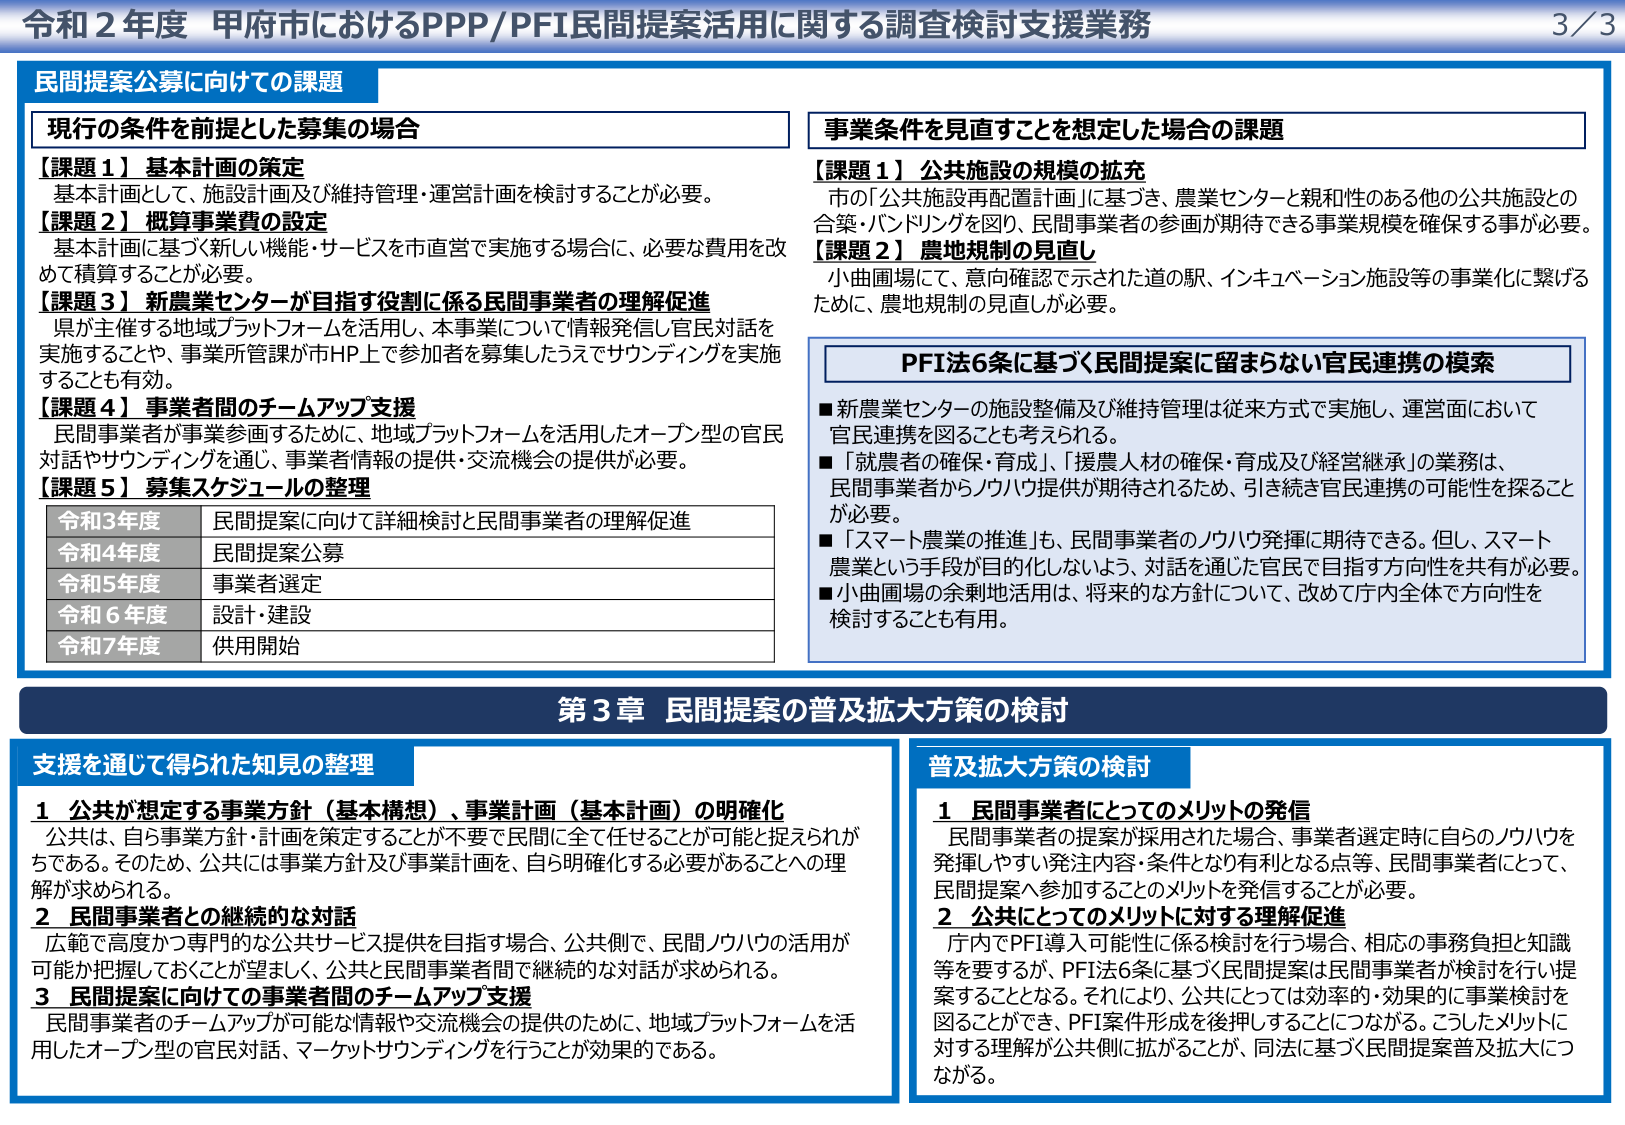
令和２年度 甲府市におけるPPP/PFI民間提案活用に関する調査検討支援業務 3/3

民間提案公募に向けての課題

【現行の条件を前提とした募集の場合】

【課題１】基本計画の策定
基本計画として、施設設計画及び維持管理・運営計画を検討することが必要。

【課題２】概算事業費の設定
基本計画に基づく新しい機能・サービスを市直営で実施する場合に、必要な費用を改めて積算することが必要。

【課題３】新農業センターが目指す役割に係る民間事業者の理解促進
県が主催する地域プラットフォームを活用し、本事業について情報発信し官民対話を実施することや、事業所管課が市HP上で参加者を募集したうえでサウンディングを実施することも有効。

【課題４】事業者間のチームアップ支援
民間事業者が事業参画するために、地域プラットフォームを活用したオープン型の官民対話やサウンディングを通じ、事業者情報の提供・交流機会の提供が必要。

【課題５】募集スケジュールの整理
令和3年度 民間提案に向けて詳細検討と民間事業者の理解促進
令和4年度 民間提案公募
令和5年度 事業者選定
令和6年度 設計・建設
令和7年度 供用開始

【事業条件を見直すことを想定した場合の課題】

【課題１】公共施設の規模の拡充
市の「公共施設再配置計画」に基づき、農業センターと親和性のある他の公共施設との合築・バンドリングを図り、民間事業者の参画が期待できる事業規模を確保する事が必要。

【課題２】農地規制の見直し
小曲圃場にて、意向確認で示された道の駅、インキュベーション施設等の事業化に繋げるために、農地規制の見直しが必要。

PFI法6条に基づく民間提案に留まらない官民連携の模索
■新農業センターの施設整備及び維持管理は従来方式で実施し、運営面において官民連携を図ることも考えられる。
■「就農者の確保・育成」、「援農人材の確保・育成及び経営継承」の業務は、民間事業者からノウハウ提供が期待されるため、引き続き官民連携の可能性を探ることが必要。
■「スマート農業の推進」も、民間事業者のノウハウ発揮に期待できる。但し、スマート農業という手段が目的化しないよう、対話を通じた官民で目指す方向性を共有が必要。
■小曲圃場の余剰地活用は、将来的な方針について、改めて庁内全体で方向性を検討することも有用。

第3章 民間提案の普及拡大方策の検討

支援を通じて得られた知見の整理

1 公共が想定する事業方針（基本構想）、事業計画（基本計画）の明確化
公共は、自ら事業方針・計画を策定することが不要で民間に全て任せることが可能と捉えられがちである。そのため、公共には事業方針及び事業計画を、自ら明確化する必要があることへの理解が求められる。

2 民間事業者との継続的な対話
広範で高度かつ専門的な公共サービス提供を目指す場合、公共側で、民間ノウハウの活用が可能か把握しておくことが望ましく、公共と民間事業者間で継続的な対話が求められる。

3 民間提案に向けての事業者間のチームアップ支援
民間事業者のチームアップが可能な情報や交流機会の提供のために、地域プラットフォームを活用したオープン型の官民対話、マーケットサウンディングを行うことが効果的である。

普及拡大方策の検討

1 民間事業者にとってのメリットの発信
民間事業者の提案が採用された場合、事業者選定時に自らのノウハウを発揮しやすい発注内容・条件となり有利となる点等、民間事業者にとって、民間提案へ参加することのメリットを発信することが必要。

2 公共にとってのメリットに対する理解促進
庁内でPFI導入可能性に係る検討を行う場合、相応の事務負担と知識等を要することが、PFI法6条に基づく民間提案は民間事業者が検討を行い提案をすることができる。それにより、公共にとっては効率的・効果的に事業検討を図ることができ、PFI案件形成を後押しすることにつながる。こうしたメリットに対する理解が公共側に拡がることが、同法に基づく民間提案普及拡大につながる。